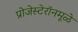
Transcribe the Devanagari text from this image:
प्रोजेस्टेरॉनमूळे